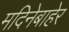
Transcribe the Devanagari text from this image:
मदिनेबाहेर